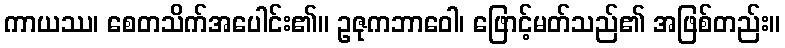
ကာယဿ၊ စေတသိက်အပေါင်း၏။ ဥဇုကဘာဝေါ၊ ဖြောင့်မတ်သည်၏ အဖြစ်တည်း။